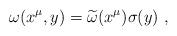
\begin{align*}\omega(x^\mu,y)={\widetilde \omega}(x^\mu) \sigma(y)~,\end{align*}